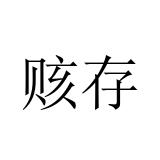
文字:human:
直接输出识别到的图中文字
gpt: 赅存